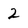
Character: 2